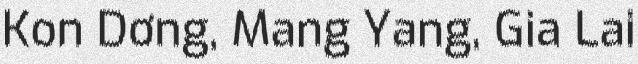
Kon Dơng, Mang Yang, Gia Lai